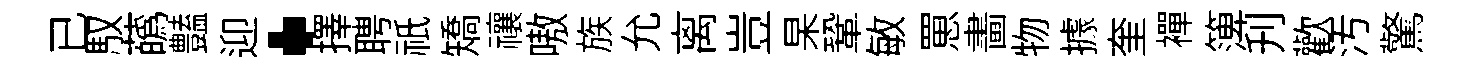
已馭蘤𧰟迎·擇聘祇矯禳嗷族允离豈杲鞏敏罳畵物據奎襌𥱼刋歡汚驚